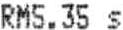
RM5.35 S